Vaccination report Assam 1874-1896 - 1874-1896
Year: 1874
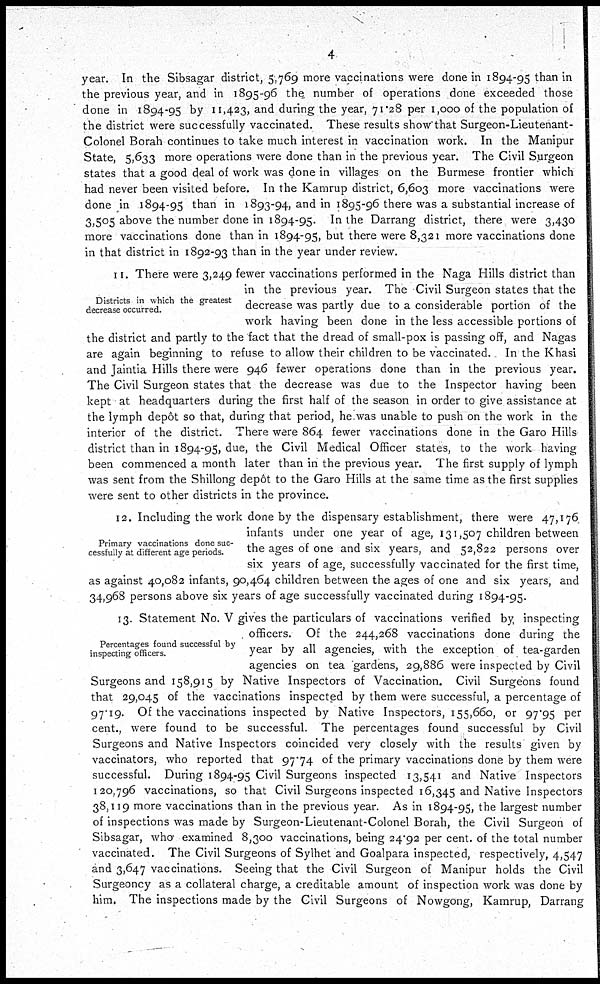
4
year. In the Sibsagar district, 5,769 more vaccinations were done in 1894-95 than in
the previous year, and in 1895-96 the number of operations done exceeded those
done in 1894-95 by 11,423, and during the year, 71.28 per 1,000 of the population of
the district were successfully vaccinated. These results show that Surgeon-Lieutenant-
Colonel Borah continues to take much interest in vaccination work. In the Manipur
State, 5,633 more operations were done than in the previous year. The Civil Surgeon
states that a good deal of work was done in villages on the Burmese frontier which
had never been visited before. In the Kamrup district, 6,603 more vaccinations were
done in 1894-95 than in 1893-94, and in 1895-96 there was a substantial increase of
3,505 above the number done in 1894-95. In the Darrang district, there were 3,430
more vaccinations done than in 1894-95, but there were 8,321 more vaccinations done
in that district in 1892-93 than in the year under review.
Districts in which the greatest
decrease occurred.
11. There were 3,249 fewer vaccinations performed in the Naga Hills district than
in the previous year. The Civil Surgeon states that the
decrease was partly due to a considerable portion of the
work having been done in the less accessible portions of
the district and partly to the fact that the dread of small-pox is passing off, and Nagas
are again beginning to refuse to allow their children to be vaccinated.. In the Khasi
and Jaintia Hills there were 946 fewer operations done than in the previous year.
The Civil Surgeon states that the decrease was due to the Inspector having been
kept at headquarters during the first half of the season in order to give assistance at
the lymph depôt so that, during that period, he was unable to push on the work in the
interior of the district. There were 864 fewer vaccinations done in the Garo Hills
district than in 1894-95, due, the Civil Medical Officer states, to the work having
been commenced a month later than in the previous year. The first supply of lymph
was sent from the Shillong depôt to the Garo Hills at the same time as the first supplies
were sent to other districts in the province.
Primary vaccinations done suc-
cessfully at different age periods.
12. Including the work done by the dispensary establishment, there were 47,176
infants under one year of age, 131,507 children between
the ages of one and six years, and 52,822 persons over
six years of age, successfully vaccinated for the first time,
as against 40,082 infants, 90,464 children between the ages of one and six years, and
34,968 persons above six years of age successfully vaccinated during 1894-95.
Percentages found successful by
inspecting officers.
13. Statement No. V gives the particulars of vaccinations verified by, inspecting
officers. Of the 244,268 vaccinations done during the
year by all agencies, with the exception of tea-garden
agencies on tea gardens, 29,886 were inspected by Civil
Surgeons and 158,915 by Native Inspectors of Vaccination. Civil Surgeons found
that 29,045 of the vaccinations inspected by them were successful, a percentage of
97.19. Of the vaccinations inspected by Native Inspectors, 155,660, or 97.95 per
cent., were found to be successful. The percentages found successful by Civil
Surgeons and Native Inspectors coincided very closely with the results given by
vaccinators, who reported that 97.74 of the primary vaccinations done by them were
successful. During 1894-95 Civil Surgeons inspected 13,541 and Native Inspectors
120,796 vaccinations, so that Civil Surgeons inspected 16,345 and Native Inspectors
38,119 more vaccinations than in the previous year. As in 1894-95, the largest number
of inspections was made by Surgeon-Lieutenant-Colonel Borah, the Civil Surgeon of
Sibsagar, who examined 8,300 vaccinations, being 24.92 per cent. of the total number
vaccinated. The Civil Surgeons of Sylhet and Goalpara inspected, respectively, 4,547
and 3,647 vaccinations. Seeing that the Civil Surgeon of Manipur holds the Civil
Surgeoncy as a collateral charge, a creditable amount of inspection work was done by
him. The inspections made by the Civil Surgeons of Nowgong, Kamrup, Darrang